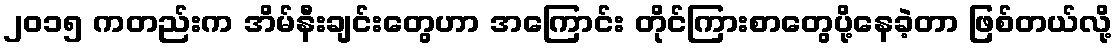
၂၀၁၅ ကတည်းက အိမ်နီးချင်းတွေဟာ အကြောင်း တိုင်ကြားစာတွေပို့နေခဲ့တာ ဖြစ်တယ်လို့